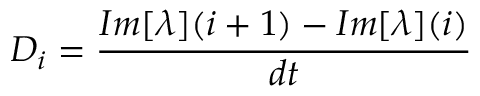
D _ { i } = \frac { I m [ \lambda ] ( i + 1 ) - I m [ \lambda ] ( i ) } { d t }